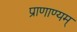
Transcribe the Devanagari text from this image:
प्राणाण्यम्